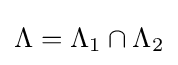
\Lambda =\Lambda _{1}\cap \Lambda _{2}